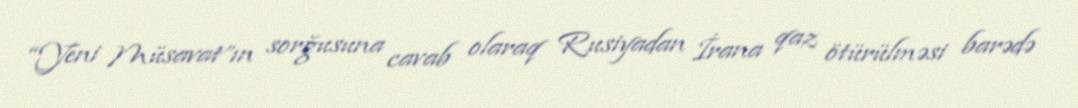
“Yeni Müsavat”ın sorğusuna cavab olaraq Rusiyadan İrana qaz ötürülməsi barədə